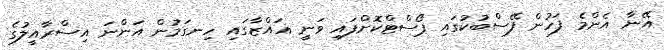
އޭނާ އެންމެ ފަހުން ފޭސްބުކުގައި ޕޯސްޓްކޮށްފައި ވަނީ ޣައްޒާގައި ހިނގަމުން އަންނަ އިސްރާއީލުގެ